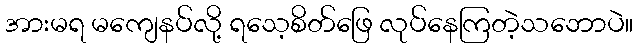
အားမရ မကျေနပ်လို့ ရသေ့စိတ်ဖြေ လုပ်နေကြတဲ့သဘောပဲ။